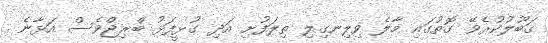
ޤަބޫލުކުރެވޭ ގޮތުގައި މާލެ ވިލިނގިލި ތިލަފުށި އަދި ގުޅީފަޅު ބްރިޖްވެސް އަޅާނެ .